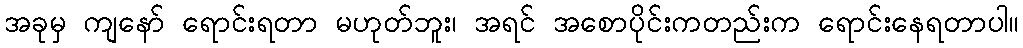
အခုမှ ကျနော် ရောင်းရတာ မဟုတ်ဘူး၊ အရင် အစောပိုင်းကတည်းက ရောင်းနေရတာပါ။